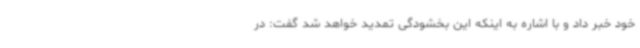
خود خبر داد و با اشاره به اینکه این بخشودگی تمدید خواهد شد گفت: در